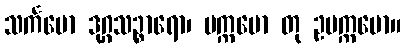
သင်္ကမော ဒုဂ္ဂသဉ္စာရော၊ ပက္ကမော တု ဥပက္ကမော။